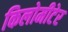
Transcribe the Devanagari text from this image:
किलोमीटेर